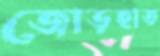
জোড়হাত